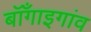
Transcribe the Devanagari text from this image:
बॉँगाइगांव